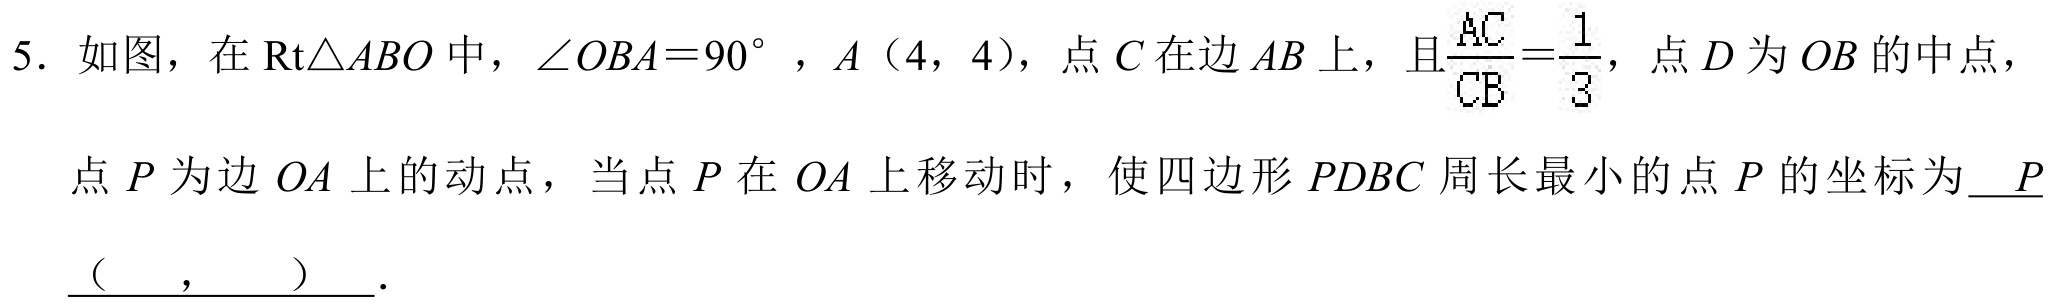
5. 如图，在\(\text{Rt}\triangle ABO\) 中，\(\angle OBA = 90^{\circ}\)，\(A(4,4)\)，点 \(C\) 在边 \(AB\) 上，且\(\frac{AC}{CB}=\frac{1}{3}\)，点 \(D\) 为 \(OB\) 的中点，
点 \(P\) 为边 \(OA\) 上的动点，当点 \(P\) 在 \(OA\) 上移动时，使四边形 \(PDBC\) 周长最小的点 \(P\) 的坐标为\(P\underline{(\ \ \ \ \ ,\ \ \ \ \ )}\).